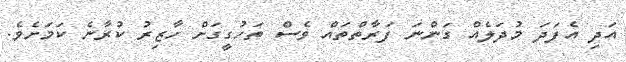
އަދި އެފަދަ މުދަލެއް ގަންނަ ފަރާތްތައް ވެސް ތަހުގީގަށް ހާޒިރު ކުރާނެ ކަމަށެވެ.